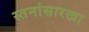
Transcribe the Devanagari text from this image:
स्तनांसारखा